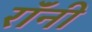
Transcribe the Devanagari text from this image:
रॉंनी